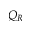
Q _ { R }